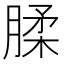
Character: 腬